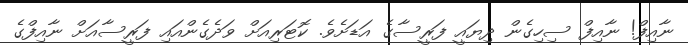
ނާއިފް! ނާއިފް ސިހިގެން ދިޔައީ ފަރީސާގެ އަޑަށެވެ. ކޮޓަރިއަށް ވަދެގެންއައި ފަރީސާއަށް ނާއިފްގެ